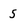
Character: 5